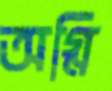
অগ্নি